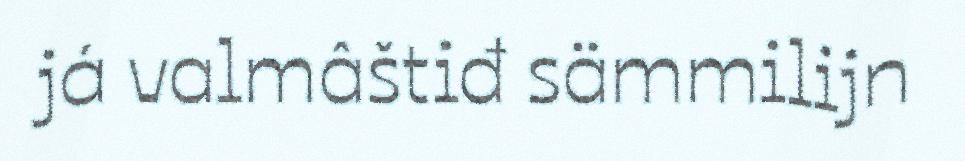
já valmâštiđ sämmilijn